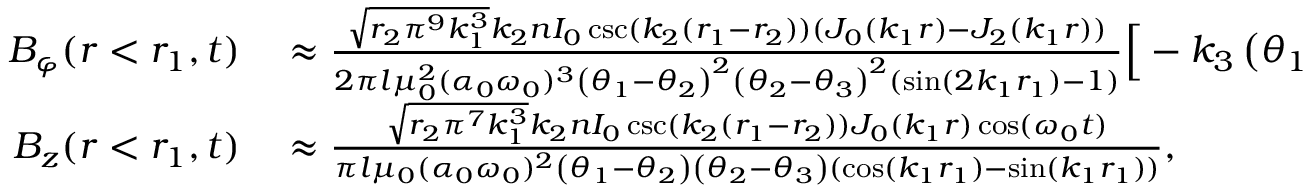
\begin{array} { r l } { B _ { \varphi } ( r < r _ { 1 } , t ) } & { { } \approx \frac { \sqrt { r _ { 2 } \pi ^ { 9 } k _ { 1 } ^ { 3 } } k _ { 2 } n I _ { 0 } \csc ( k _ { 2 } ( r _ { 1 } - r _ { 2 } ) ) ( J _ { 0 } ( k _ { 1 } r ) - J _ { 2 } ( k _ { 1 } r ) ) } { 2 \pi l \mu _ { 0 } ^ { 2 } ( \alpha _ { 0 } \omega _ { 0 } ) ^ { 3 } \left( \theta _ { 1 } - \theta _ { 2 } \right) ^ { 2 } \left( \theta _ { 2 } - \theta _ { 3 } \right) ^ { 2 } ( \sin ( 2 k _ { 1 } r _ { 1 } ) - 1 ) } \Big [ - k _ { 3 } \left( \theta _ { 1 } - \theta _ { 2 } \right) ( \cos ( k _ { 1 } r _ { 1 } ) - \sin ( k _ { 1 } r _ { 1 } ) ) \cos ( \omega _ { 0 } t ) } \\ { B _ { z } ( r < r _ { 1 } , t ) } & { { } \approx \frac { \sqrt { r _ { 2 } \pi ^ { 7 } k _ { 1 } ^ { 3 } } k _ { 2 } n I _ { 0 } \csc ( k _ { 2 } ( r _ { 1 } - r _ { 2 } ) ) J _ { 0 } ( k _ { 1 } r ) \cos ( \omega _ { 0 } t ) } { \pi l \mu _ { 0 } ( \alpha _ { 0 } \omega _ { 0 } ) ^ { 2 } \left( \theta _ { 1 } - \theta _ { 2 } \right) \left( \theta _ { 2 } - \theta _ { 3 } \right) ( \cos ( k _ { 1 } r _ { 1 } ) - \sin ( k _ { 1 } r _ { 1 } ) ) } , } \end{array}